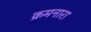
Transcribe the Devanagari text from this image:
क्रमनारा